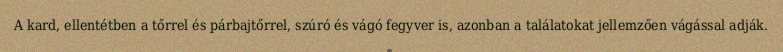
A kard, ellentétben a tőrrel és párbajtőrrel, szúró és vágó fegyver is, azonban a találatokat jellemzően vágással adják.